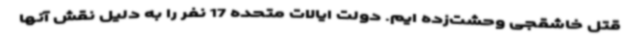
قتل خاشقجی وحشت‌زده ایم. دولت ایالات متحده 17 نفر را به دلیل نقش آنها